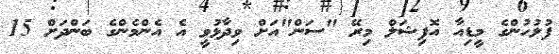
ފުލުހުންގެ މީޑިއާ އޮފިޝަލް މިރޭ "ސަން"އަށް ވިދާޅުވީ އެ އެންމެންގެ ބަންދަށް 15